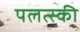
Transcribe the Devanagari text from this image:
पलत्स्की